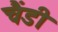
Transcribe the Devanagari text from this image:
चैंडी